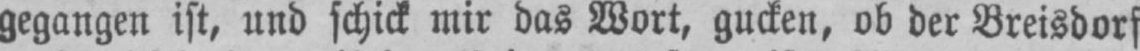
gegangen ist, und schick mir das Wort, gucken, ob der Breisdorf